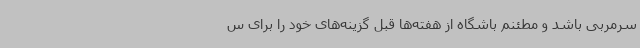
سرمربی باشد و مطئنم باشگاه از هفته‌ها قبل گزینه‌های خود را برای س